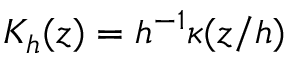
K _ { h } ( z ) = h ^ { - 1 } \kappa ( z / h )